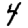
Digit: 4